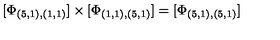
\lbrack \Phi _ { ( 5 , 1 ) , ( 1 , 1 ) } ] \times [ \Phi _ { ( 1 , 1 ) , ( 5 , 1 ) } ] = [ \Phi _ { ( 5 , 1 ) , ( 5 , 1 ) } ]